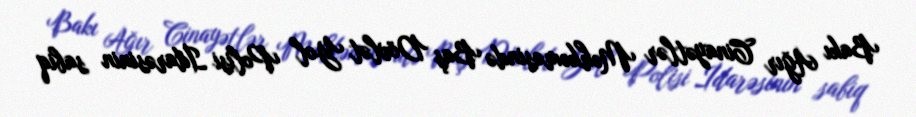
Bakı Ağır Cinayətlər Məhkəməsində Baş Dövlət Yol Polisi İdarəsinin sabiq